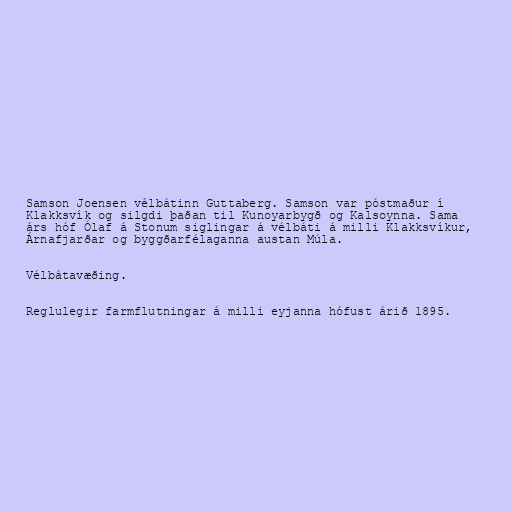
Samson Joensen vélbátinn Guttaberg. Samson var póstmaður í
Klakksvík og silgdi þaðan til Kunoyarbygð og Kalsoynna. Sama
árs hóf Ólaf á Stonum siglingar á vélbáti á milli Klakksvíkur,
Árnafjarðar og byggðarfélaganna austan Múla.

Vélbátavæðing.

Reglulegir farmflutningar á milli eyjanna hófust árið 1895.